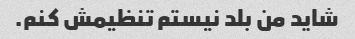
شاید من بلد نیستم تنظیمش کنم.